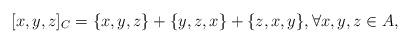
LaTeX: \begin{align*}[x,y,z]_C=\{x,y,z\}+\{y,z,x\}+\{z,x,y\},\forall x,y,z\in A,\end{align*}